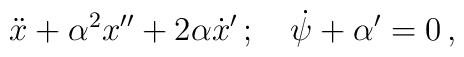
\ddot {x} + \alpha^2 x^ {\prime\prime} + 2 \alpha \dot {x} ^ {\prime} \,;\quad\dot {\psi} + \alpha^ {\prime} = 0 \,,